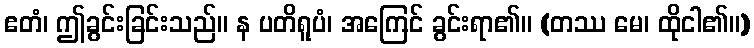
ဧတံ၊ ဤခွင်းခြင်းသည်။ န ပတိရူပံ၊ အကြေင် ခွင်းရာ၏။ (တဿ မေ၊ ထိုငါ၏။)